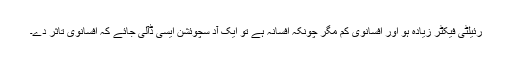
رئیلٹی فیکٹر زیادہ ہو اور افسانوی کم مگر چونکہ افسانہ ہے تو ایک آد سچوئشن ایسی ڈآلی جائے کہ افسانوی تاثر دے۔